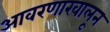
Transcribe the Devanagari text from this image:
आवरणाखालून